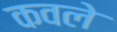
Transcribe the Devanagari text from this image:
कवले